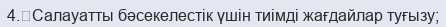
4.	Салауатты бәсекелестік үшін тиімді жағдайлар туғызу;